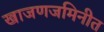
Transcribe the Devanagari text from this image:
खाजणजमिनीत